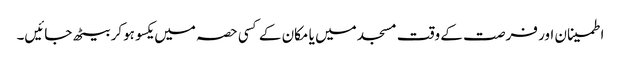
اطمینان اور فرصت کے وقت مسجد میں یا مکان کے کسی حصہ میں یکسو ہوکر بیٹھ جائیں۔